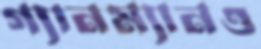
গ্যানম্যানও